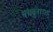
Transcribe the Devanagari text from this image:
मचकुराच्या